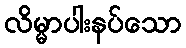
လိမ္မာပါးနပ်သော